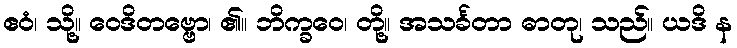
ဧဝံ၊ သို့။ ဝေဒိတဗ္ဗော၊ ၏။ ဘိက္ခဝေ၊ တို့။ အသင်္ခတာ ဓာတု၊ သည်။ ယဒိ န